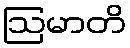
ဩမာတိ